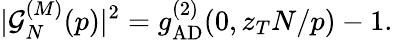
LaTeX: |\mathcal{G}_{N}^{(M)}(p)|^{2}=g_{\mathrm{AD}}^{(2)}(0,z_{T}N/p)-1.